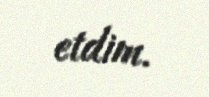
etdim.